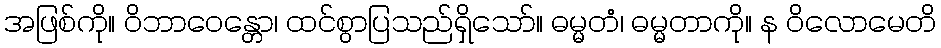
အဖြစ်ကို။ ဝိဘာဝေန္တော၊ ထင်စွာပြသည်ရှိသော်။ ဓမ္မတံ၊ ဓမ္မတာကို။ န ဝိလောမေတိ